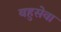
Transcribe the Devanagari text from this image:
बहुसेवा